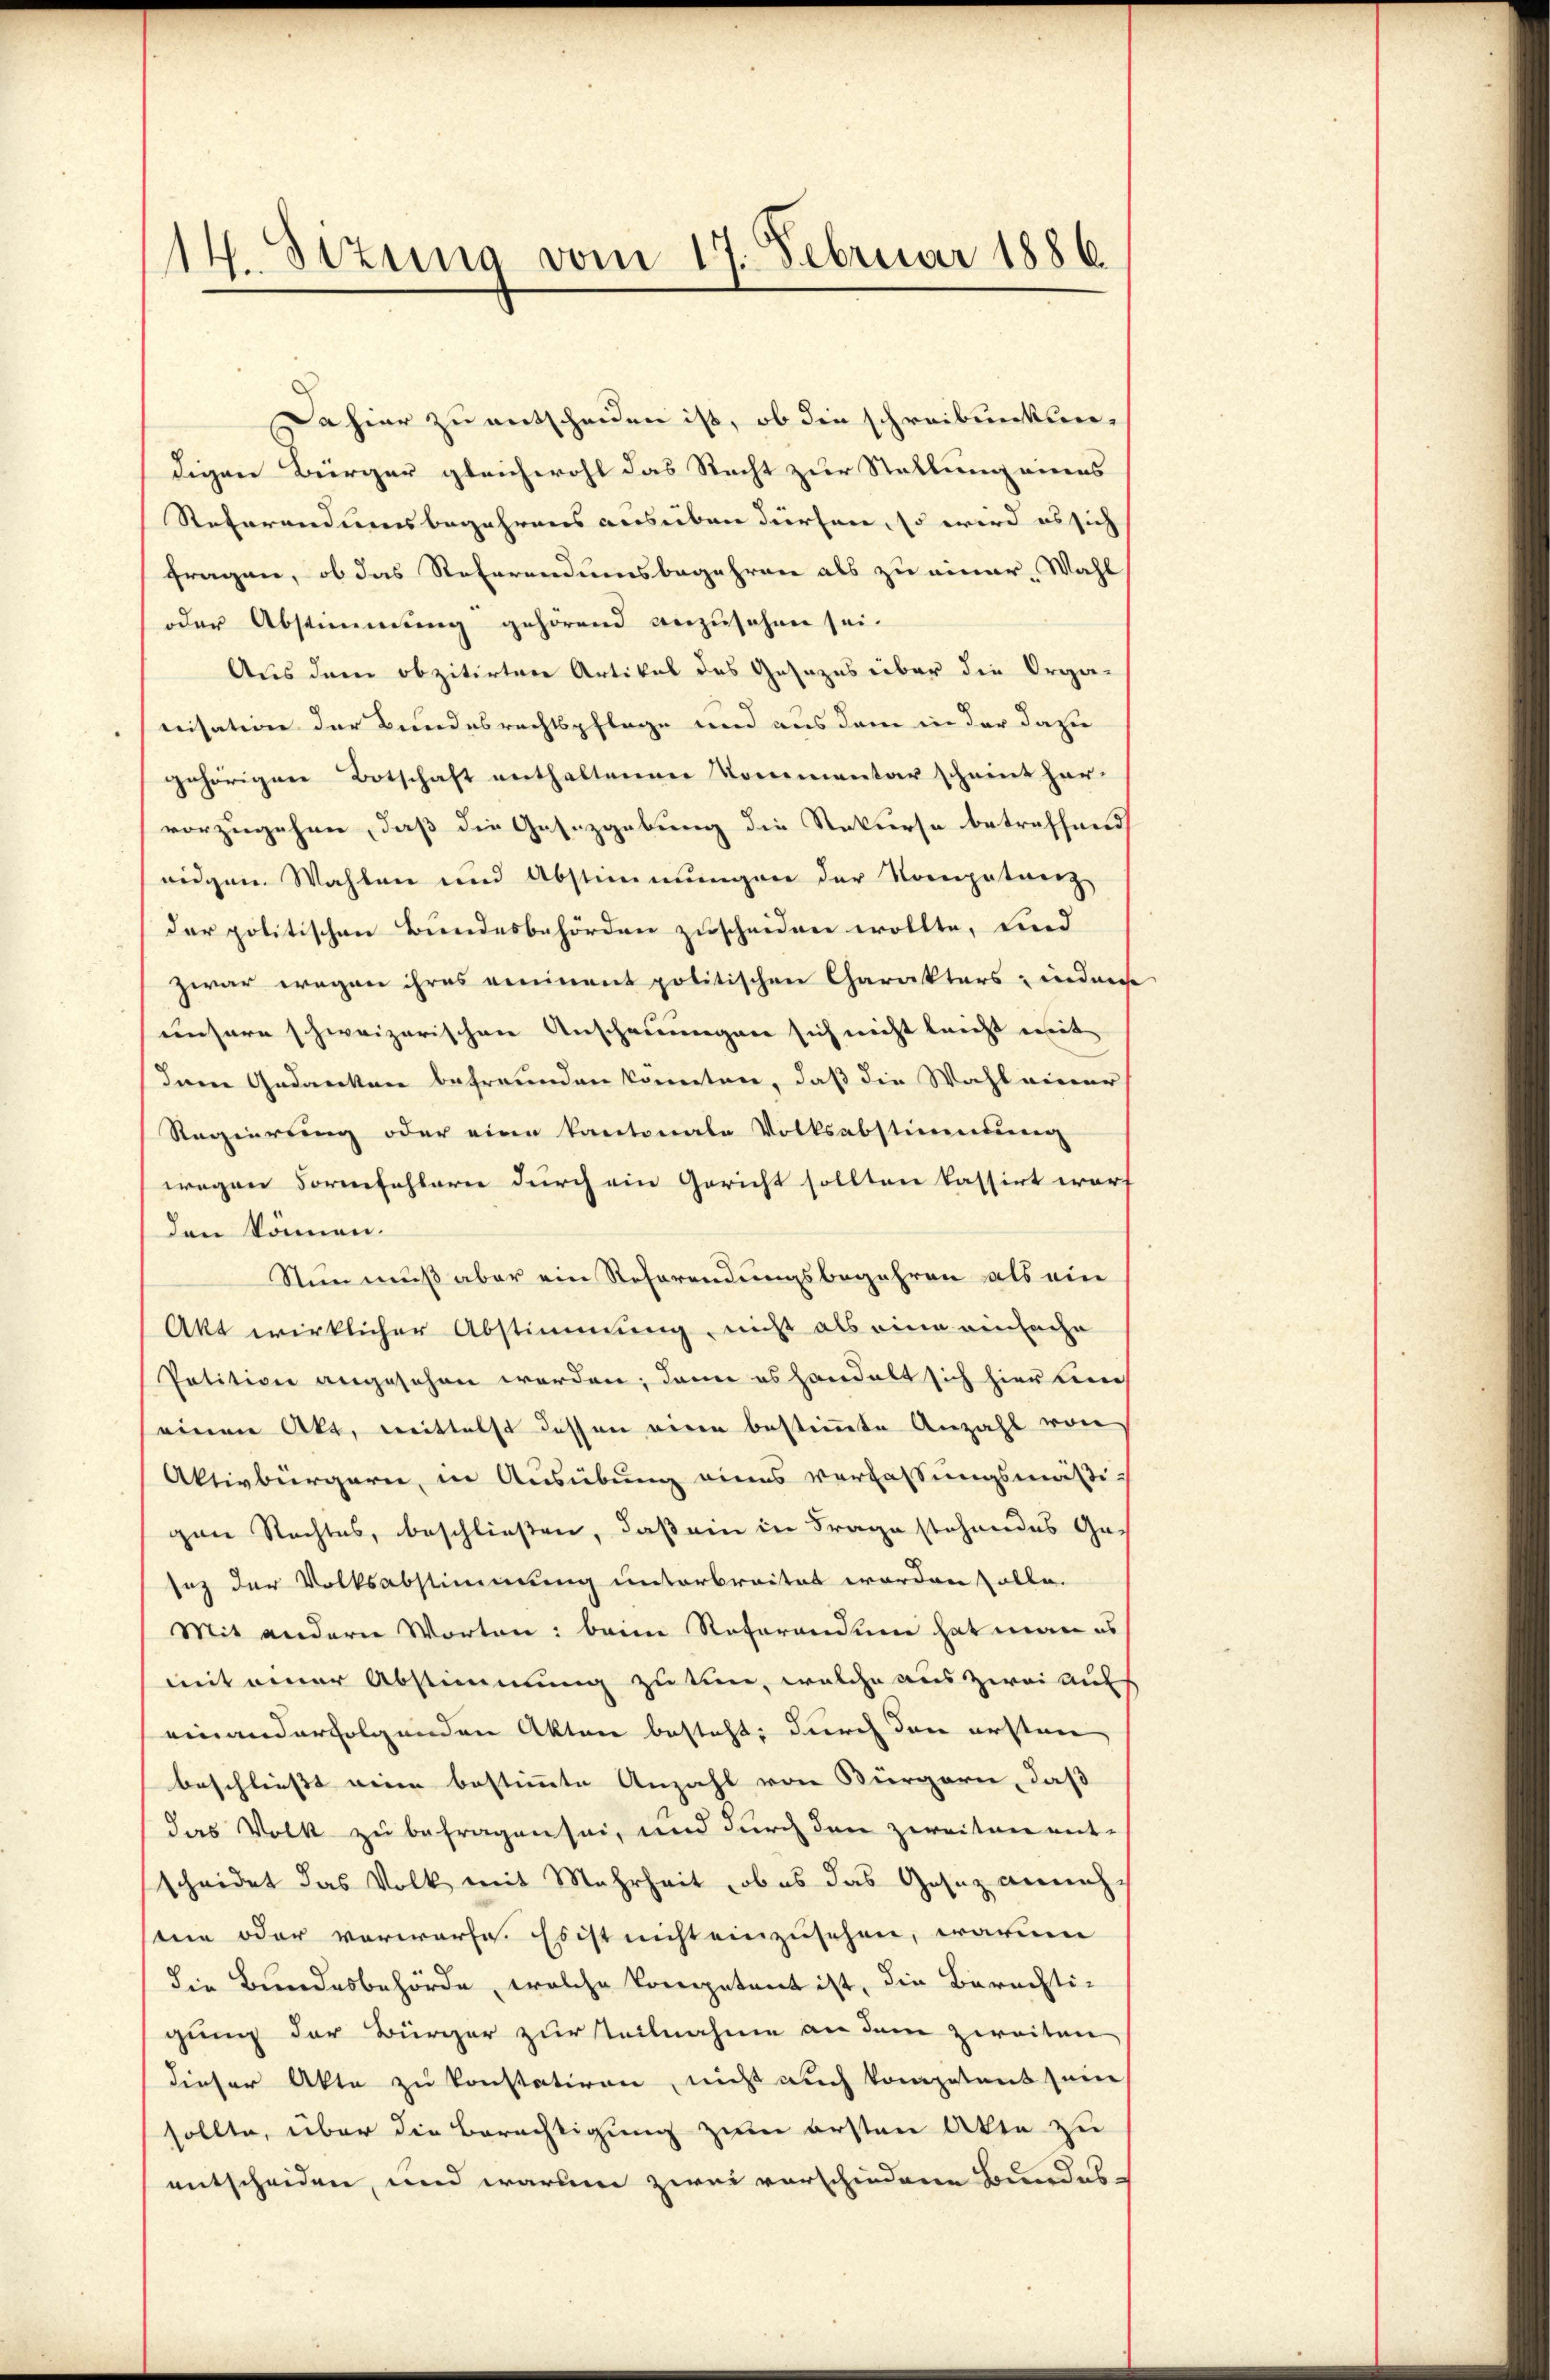
14. Sizung vom 17. Februar 1886.

Dahier zu entscheuen ist, ob die schreibunken-
digen Bürger gleichwohl das Recht zur Stellung eines
Referandumsbegehrens ausüben dürfen, so wird es sich
fragen, ob das Referendumsbegehren als zu einer Wahl
oder Abstimmung gehörend anzusehen sei.
Aus dem obzitirten Artikel des Gesezes über die Orga-
nisation der Bundesrechtspflege und aus dem in der dazu
gehörigen Botschaft enthaltenen Kommentar scheint her-
vorzugehen, daß die Gesetzgebung die Rekurse betreffend
eidgen Wahlen und Abstimmungen der Kompetaerz-
der politischen Bundesbehörden zuscheiden wollte, und
zwar wegen ihres einiment politischen Charakters, inders
unsere schweizerischen Anschauungen sich nicht leicht mit
Ien Gedanken befreunden konnten, daß die Wahl einer
Regierung oder eine kantonale Volksabstimmung
wegen Formfehlerne durch ein Gericht sollten kassirt warf
den können.
Nun muß aber ein Referendungsbegehren als ein
Akt wirklicher Abstimmung, nicht als eine einfache
Petition angesehen worden; dann es handelt sich hier beere,
seinen Akt, mittelst dessen eine bestimmte Anzahl von
Aktivbürgern, in Ausübung eines Verfassungsmäßi-
gen Rechtes, beschließen, daß ein in Frage stehendes Ge-
saz der Volksabstimmung unterbreitet worden solle.
Mit andern Worten: beim Referandum hat man es
mit einer Abstimmung zu tun, welche aus zwei aus
einanderfolgenden Akten besteht; durch den ersten
beschliesst wenn bestimmte Anzahl von Bürgern, daß
das Volk zu befragen sei, und durch den zweiten ent-
sscheidet das Volk mit Mehrheit, ob es das Gesez anneh-
sten oder vorwürfe. Es ist nicht einzusehen, warum
die Bundesbehörde, welche Prospetent ist, die Berechtigung der Bürger zur teilnahme an dem zweiten
dieser Akte zu konstatiren, nicht auch kompetent sein
sollte, über die Berechtigung zum ersten Akte zu
entscheiden, und warum zwei vorschiedene Bundes-